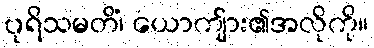
ပုရိသမတိံ၊ ယောကျ်ား၏အလိုကို။